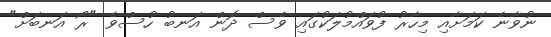
ނުވާނެ ކަމަށާއި މިހާރު ފުވައްމުލަކުގައި ވެސް ދޮން އަނބު ހުސްވެ "ރޯ އަނބަށް"